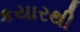
કયારથી